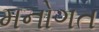
મનોગત